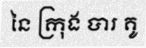
នៃ ក្រុង បារ គូ